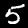
Label: 5